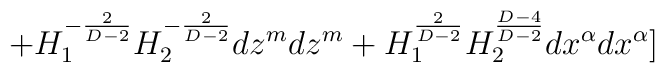
+H_{1}^{-\frac{2}{D-2}}H_{2}^{-\frac{2}{D-2}}dz^{m}dz^{m}+     H_{1}^{\frac{2}{D-2}}H_{2}^{\frac{D-4}{D-2}}dx^{\alpha}dx^{\alpha}]